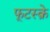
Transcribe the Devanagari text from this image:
फूटस्क्रे